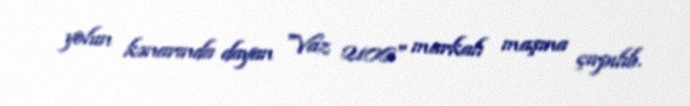
yolun kənarında dayan "Vaz 2106" markalı maşına çırpılıb.